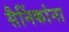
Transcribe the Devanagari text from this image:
सैनिंकांना